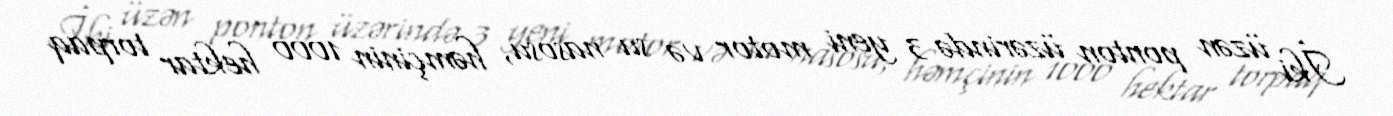
İki üzən ponton üzərində 3 yeni motor və su nasosu, həmçinin 1000 hektar torpaq